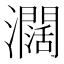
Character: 𤄃